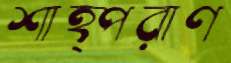
শাহ্পরাণ